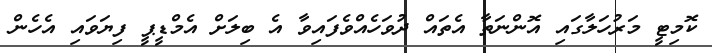
ކޮމިޓީ މަރުހަލާގައި އޮންނަތާ އެތައް ދުވަހެއްވެފައިވާ އެ ބިލަށް އެމްޑީޕީ ފިޔަވައި އެހެން